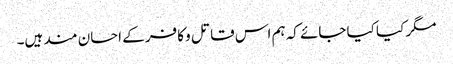
مگر کیا کیا جائے کہ ہم اس قاتل و کافر کے احسان مند ہیں۔